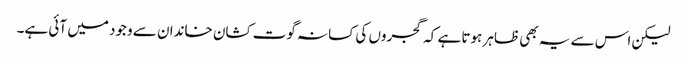
لیکن اس سے یہ بھی ظاہر ہوتا ہے کہ گجروں کی کسانہ گوت کشان خاندان سے وجود میں آئی ہے۔